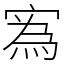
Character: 寪